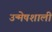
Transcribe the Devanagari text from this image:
उन्मेषशाली